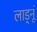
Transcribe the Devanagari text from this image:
लाड्नूं